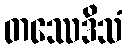
တဿေဒိသံ